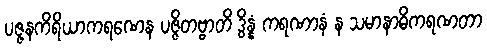
ပဇ္ဇနကိရိယာကရဏေန ပဇ္ဇိတဗ္ဗာတိ ဒွိန္နံ ကရဏာနံ န သမာနာဓိကရဏတာ